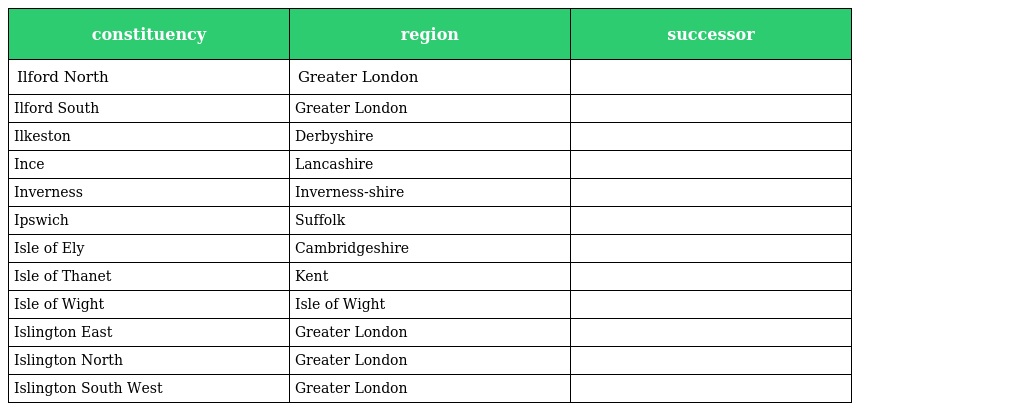
| constituency | region | successor |
 | --- | --- | --- |
 | Ilford North | Greater London |  |
 | Ilford South | Greater London |  |
 | Ilkeston | Derbyshire |  |
 | Ince | Lancashire |  |
 | Inverness | Inverness-shire |  |
 | Ipswich | Suffolk |  |
 | Isle of Ely | Cambridgeshire |  |
 | Isle of Thanet | Kent |  |
 | Isle of Wight | Isle of Wight |  |
 | Islington East | Greater London |  |
 | Islington North | Greater London |  |
 | Islington South West | Greater London |  |